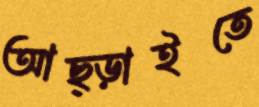
আছ্‌ড়াইতে